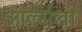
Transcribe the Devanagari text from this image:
आर्ल्सला